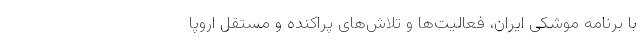
با برنامه موشکی ایران، فعالیت‌ها و تلاش‌های پراکنده و مستقل اروپا